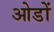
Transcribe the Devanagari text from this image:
ओडों